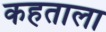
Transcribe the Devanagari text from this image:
कहताला